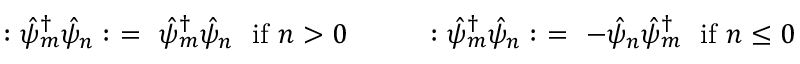
: { \hat { \psi } _ { m } } ^ { \dagger } \hat { \psi } _ { n } : ~ = ~ { \hat { \psi } _ { m } } ^ { \dagger } \hat { \psi } _ { n } { } ~ ~ \mathrm { i f } ~ n > 0 ~ ~ ~ ~ ~ ~ ~ ~ : { \hat { \psi } _ { m } } ^ { \dagger } \hat { \psi } _ { n } : ~ = ~ - \hat { \psi } _ { n } { \hat { \psi } _ { m } } ^ { \dagger } ~ ~ \mathrm { i f } ~ n \le 0